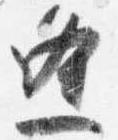
逢